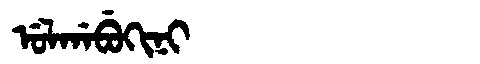
Manchu: ᡠᠯᡤᠠᠪᡠᡴᡳᠨᡳ
Romanization: ULGABUKINI